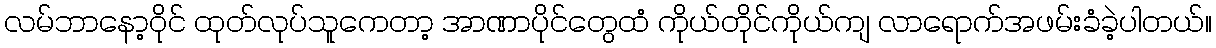
လမ်ဘာနော့ဝိုင် ထုတ်လုပ်သူကေတာ့ အာဏာပိုင်တွေထံ ကိုယ်တိုင်ကိုယ်ကျ လာရောက်အဖမ်းခံခဲ့ပါတယ်။